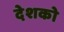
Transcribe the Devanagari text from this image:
देशको